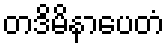
တဒိမိနာပေတံ